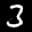
Label: 3